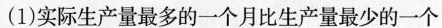
(1)实际生产量最多的一个月比生产量最少的一个